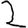
Digit: 2